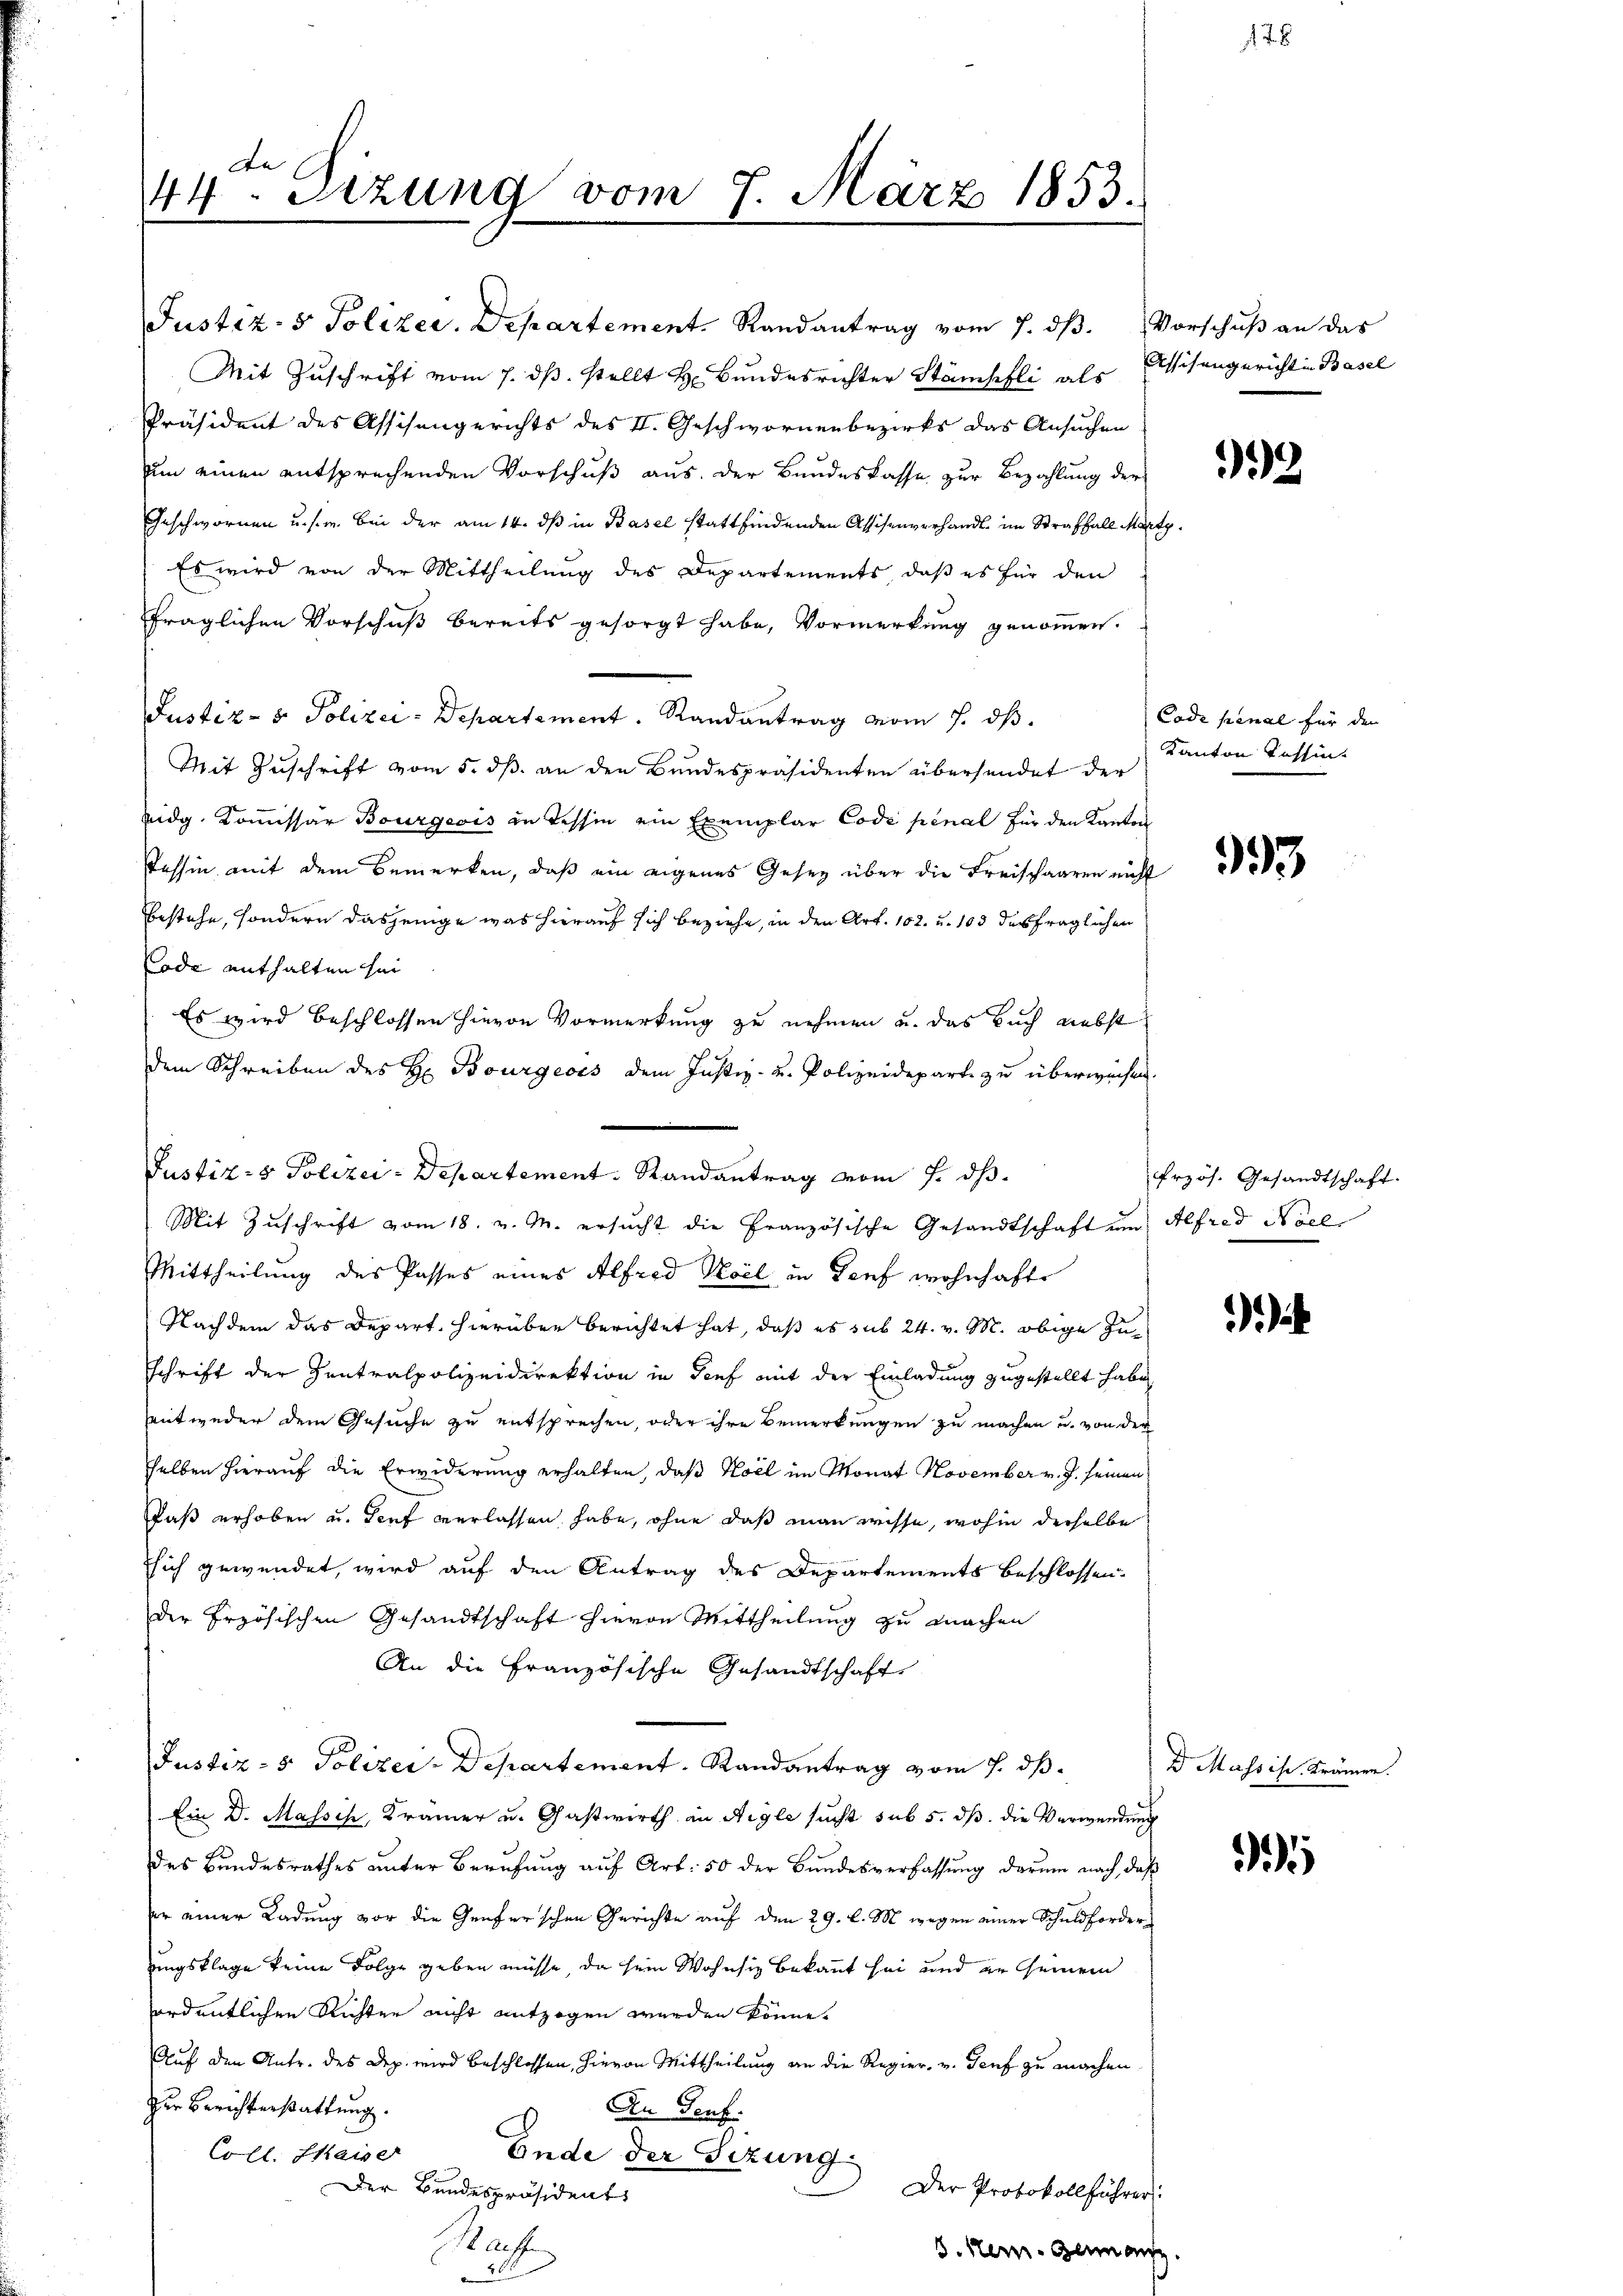
t
44. Sizung vom 7. März 1853.

Mit Zuschrift vom 7. ds. stellt Hr. Bundesrichter Stämpfli als Eisengericht in Basel
Präsident des Assisengerichts des II. Geschwornenbezirks das Ansuchen
um einen entsprechenden Vorschuß aus der Bundeskasse zur Bezahlung der
Geschwornen u. s. w. bei der am 14. dß in Basel stattfindenden Assisenverhandl. im Straffall Marty
Es wird von der Mittheilung des Departements, daß es für den
fraglichen Vorschuß bereits gesorgt habe, Vormerkung genommen.
Justiz- & Polizei-Departement. Randantrag vom 1. ds.
Mit Zuschrift vom 5. ds. an den Bundespräsidenten übersendet der
Eidg. Kommissar Bourgeois in Tessin ein Exemplar Code pénal für den Kanton
Tessin, mit dem Bemerken, daß ein eigenes Gesetz über die Freischaaren nicht
bestehe, sondern dasjenige was hierauf sich beziehe, in den Art. 102. u. 103 des fraglichen
Code enthalten sei
Es wird beschlossen hievon Vormerkung zu nehmen u. das Buch nebst
dem Schreiben des H. Bourgeois dem Justiz- u. Polizeideparte zu überweisen.
Mit Zŭschrift vom 18. v. M. ersŭcht die Französische Gesandtschaft um Alfred Nöel
Mittheilung des Passes eines Alfred Keil in Genf wohnhafte
Nachdem das Depart, hierüber berichtet hat, daß es sub 24. v. M. obige Zuschrift der Zentralpolizeidirektion in Tief mit der Einladung zugestellt habe,
entweder dem Gesuche zu entsprechen, oder ihre Bemerkungen zu machen u. von der
selben hierauf die Erwiderung erhalten, daß Koel im Monat November v. J. seinen
Paß erhoben u. Senf verlassen habe, ohne daß man wisse, wohin derselbe
ssich gewendet, wird auf den Antrag des Departements beschlossen.
der Erzösischen Gesandtschaft hievon Mittheilung zu machen
An die Französische Gesandtschaft
Justiz- & Polizei-Departement. Randantrag vom 5. dß.
Ein Dr. Massik, Kramer u. Gastwirth in Aigle sucht sub 5. dß. die Verwendung
des Bundesrathes unter Berufung auf Art. 50 der Bundesverfassung darum nach, daß
er einer Ladung vor die Genferschen Gerichte auf den 29. l. M. wegen einer Schuldforderungsklage keine Folge geben müsse, da sein Wohnsiz bekannt sei und er seinem
ordentlichen Richter nicht entzogen werden könne.
Auf den Antr. des Dep. wird beschlossen, hievon Mittheilung an die Regier, v. Genf zu machen.
zur Berichterstattung.
An Genf.
Coll. Maiser
Ende der Sitzung
Der Protokollführer
Der Bundespräsident
Waffe
5. Nem. Beinanz
204
2

Justiz- & Polizei. Departement. Randantrag vom 7. dβ. Vorschuß an das

Justiz- & Polizei-Departement. Randantrag vom 7. ds.

7

2

Code penal für den
Kanton Tessin

393

frzös. Gesandtschaft.

a

D Mass ihr Krämer.

1